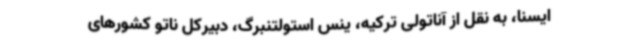
ایسنا، به نقل از آناتولی ترکیه، ینس استولتنبرگ، دبیرکل ناتو کشورهای